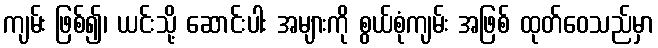
ကျမ်း ဖြစ်၍၊ ယင်းသို့ ဆောင်းပါး အများကို စွယ်စုံကျမ်း အဖြစ် ထုတ်ဝေသည်မှာ